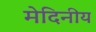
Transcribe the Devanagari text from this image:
मेदिनीय